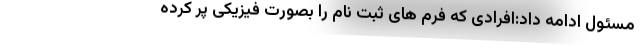
مسئول ادامه داد:افرادی که فرم های ثبت نام را بصورت فیزیکی پر کرده